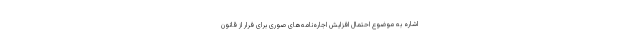
اشاره به موضوع احتمال افزایش اجاره‌نامه‌های صوری برای فرار از قانون